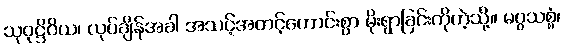
သုဝုဋ္ဌိဝိယ၊ လုပ်ချိန်အခါ အသင့်အတင့်ကောင်းစွာ မိုးရွာခြင်းကိုကဲ့သို့။ မဂ္ဂသစ္စံ၊